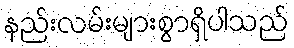
နည်းလမ်းများစွာရှိပါသည်